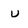
Character: U